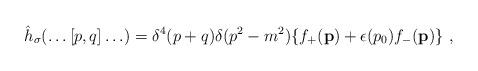
LaTeX: \begin{align*}{\hat h}_\sigma (\ldots [p,q] \ldots) = \delta^4 (p+q) \delta (p^2 - m^2)\{ f_+({\bf p}) + \epsilon (p_0) f_- ({\bf p}) \}\ ,\end{align*}